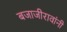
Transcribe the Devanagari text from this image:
बजाजीरावांनी